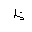
Letter: _za